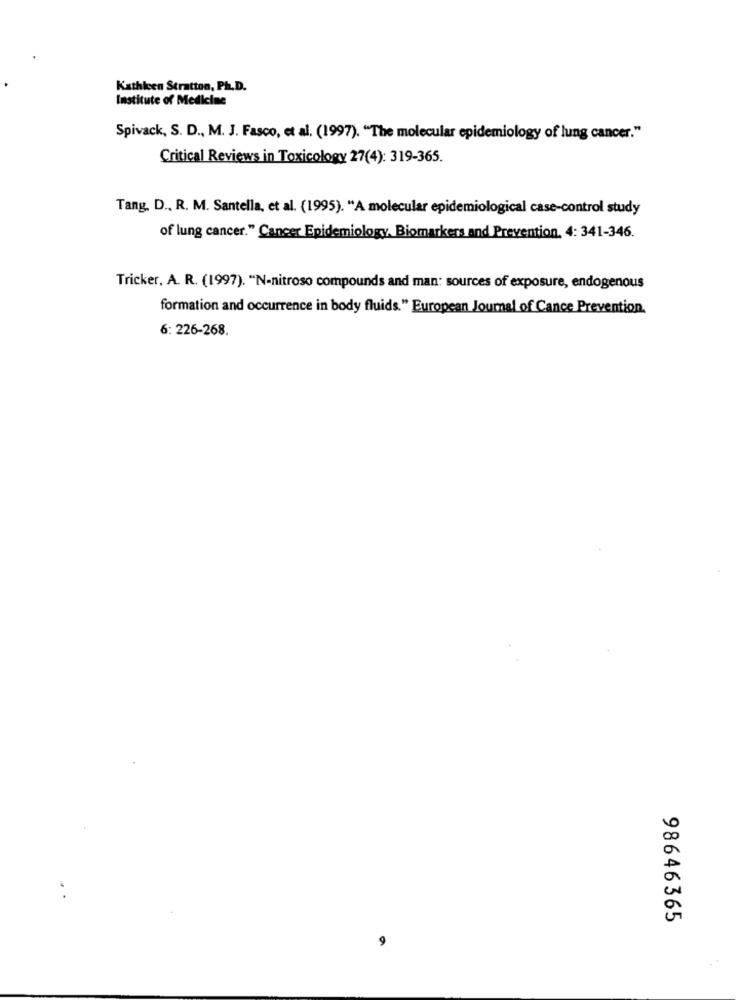
Kathleen Stratton, Ph.D.
Institute of Medicine
Spivack, S. D ., M. J. Fasco, et al. (1997). "The molecular epidemiology of lung cancer."
Critical Reviews in Toxicology 27(4): 319-365.
Tang. D ., R. M. Santella, et al. (1995). "A molecular epidemiological case-control study
of lung cancer." Cancer Epidemiology. Biomarkers and Prevention. 4: 341-346.
Tricker, A. R. (1997). "N-nitroso compounds and man: sources of exposure, endogenous
formation and occurrence in body fluids." European Journal of Cance Prevention.
6: 226-268.
98646365